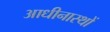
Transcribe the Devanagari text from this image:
आधीनास्थों